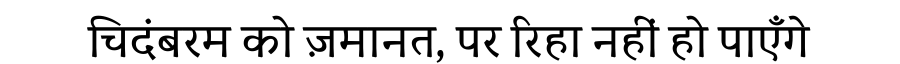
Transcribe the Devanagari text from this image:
चिदंबरम को ज़मानत, पर रिहा नहीं हो पाएँगे